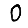
Digit: 0